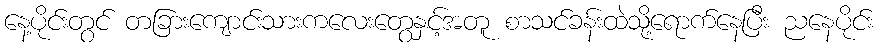
နေ့ပိုင်းတွင် တခြားကျောင်းသားကလေးတွေနှင့်အတူ စာသင်ခန်းထဲသို့ရောက်နေပြီး ညနေပိုင်း